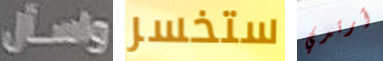
واسأل ستخسر أرتدي